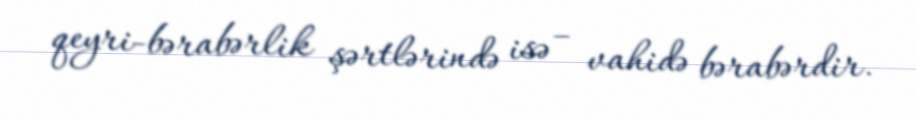
qeyri-bərabərlik şərtlərində isə – vahidə bərabərdir.